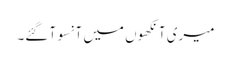
میری آنکھوں میں آنسو آ گئے۔